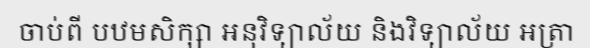
ចាប់ពី បឋមសិក្សា អនុវិទ្យាល័យ និងវិទ្យាល័យ អត្រា